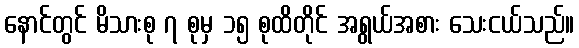
နောင်တွင် မိသားစု ၇ စုမှ ၁၅ စုထိတိုင် အရွယ်အစား သေးငယ်သည်။